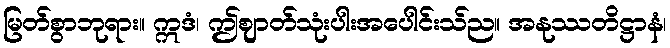
မြတ်စွာဘုရား။ ဣဒံ၊ ဤဈာတ်သုံးပါးအပေါင်းသ်ည။ အနုဿတိဋ္ဌာနံ၊